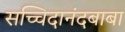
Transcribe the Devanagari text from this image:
सच्चिदानंदबाबा